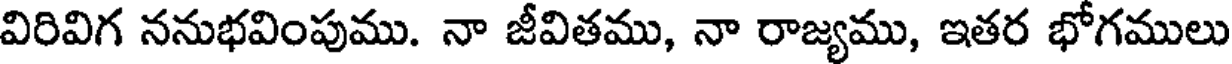
విరివిగ ననుభవింపుము. నా జీవితము, నా రాజ్యము, ఇతర భోగములు